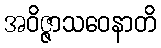
အဝိဇ္ဇာသဝေနာတိ